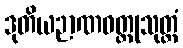
ဒုတိယဉာဏဝတ္ထုသုတ္တံ